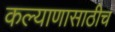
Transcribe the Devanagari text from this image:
कल्याणासाठीच